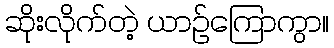
ဆိုးလိုက်တဲ့ ယာဉ်ကြောကွာ။